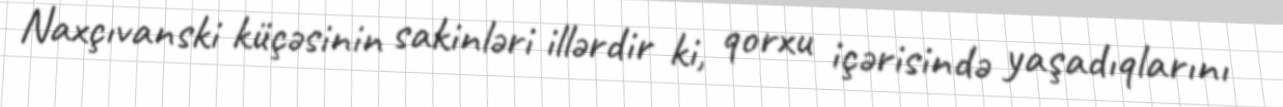
Naxçıvanski küçəsinin sakinləri illərdir ki, qorxu içərisində yaşadıqlarını